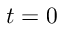
t = 0